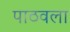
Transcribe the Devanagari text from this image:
पाठवला